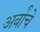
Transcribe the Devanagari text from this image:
अर्वांचे